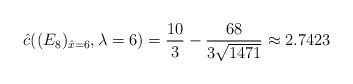
\begin{align*}\hat{c}( (E_8)_{\hat{x}=6},\lambda=6)=\frac{10}{3}-\frac{68}{3\sqrt{1471}} \approx 2.7423 \end{align*}